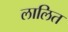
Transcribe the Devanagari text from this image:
लालित